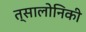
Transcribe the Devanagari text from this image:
त्सालोनिकी